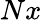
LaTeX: Nx